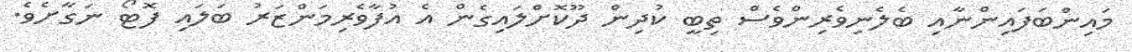
މައިންބަފައިންނާއި ބެލެނިވެރިންވެސް ތިބީ ކުދިން ދޫކޮށްލައިގެން އެ އުފާވެރިމަންޒަރު ބަލައި ފޮޓޯ ނަގާށެވެ.